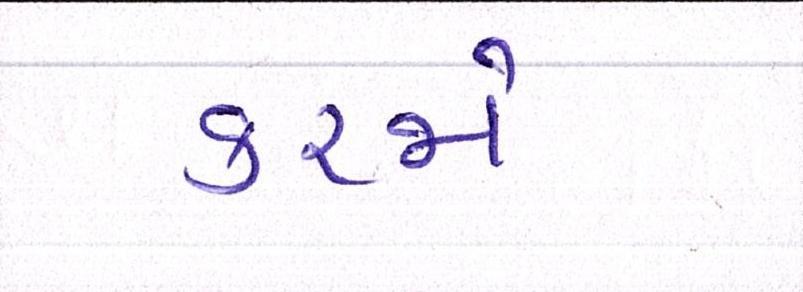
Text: કરજો